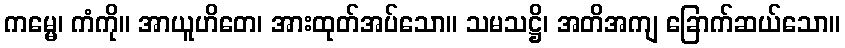
ကမ္မေ၊ ကံကို။ အာယူဟိတေ၊ အားထုတ်အပ်သော။ သမသဋ္ဌိ၊ အတိအကျ ခြောက်ဆယ်သော။